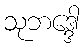
သုဘဒ္ဒေါ